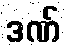
ဒဏ်